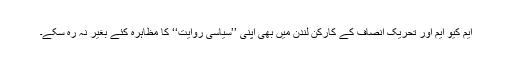
ایم کیو ایم اور تحریک انصاف کے کارکن لندن میں بھی اپنی ’’سیاسی روایت‘‘ کا مظاہرہ کئے بغیر نہ رہ سکے۔